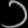
Digit: ၁